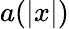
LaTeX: a(\left\vert x\right\vert)